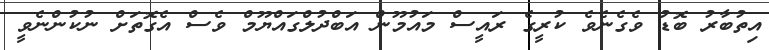
އިތުބާރު ބޮޑު ވެގެނެވެ ކުރީގެ ރައީސް މައުމޫން އަބްދުލްގައްޔޫމް ވެސް އެގޮތަށް ނުކުންނެވީ